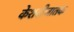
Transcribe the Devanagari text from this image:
केशबीजातक